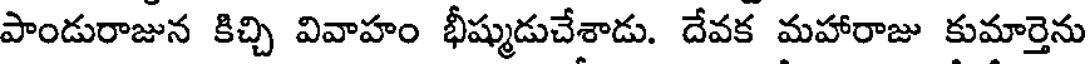
పాండురాజున కిచ్చి వివాహం భీష్ముడుచేశాడు. దేవక మహారాజు కుమార్తెను